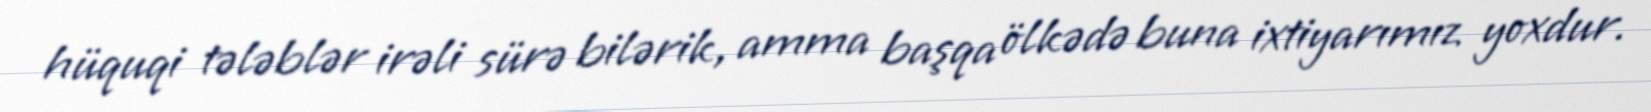
hüquqi tələblər irəli sürə bilərik, amma başqa ölkədə buna ixtiyarımız yoxdur.